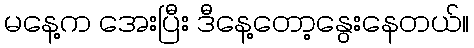
မနေ့က အေးပြီး ဒီနေ့တော့နွေးနေတယ်။